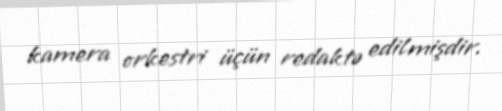
kamera orkestri üçün redaktə edilmişdir.